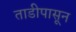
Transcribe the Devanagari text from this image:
ताडीपासून